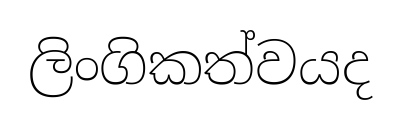
ලිංගිකත්වයද